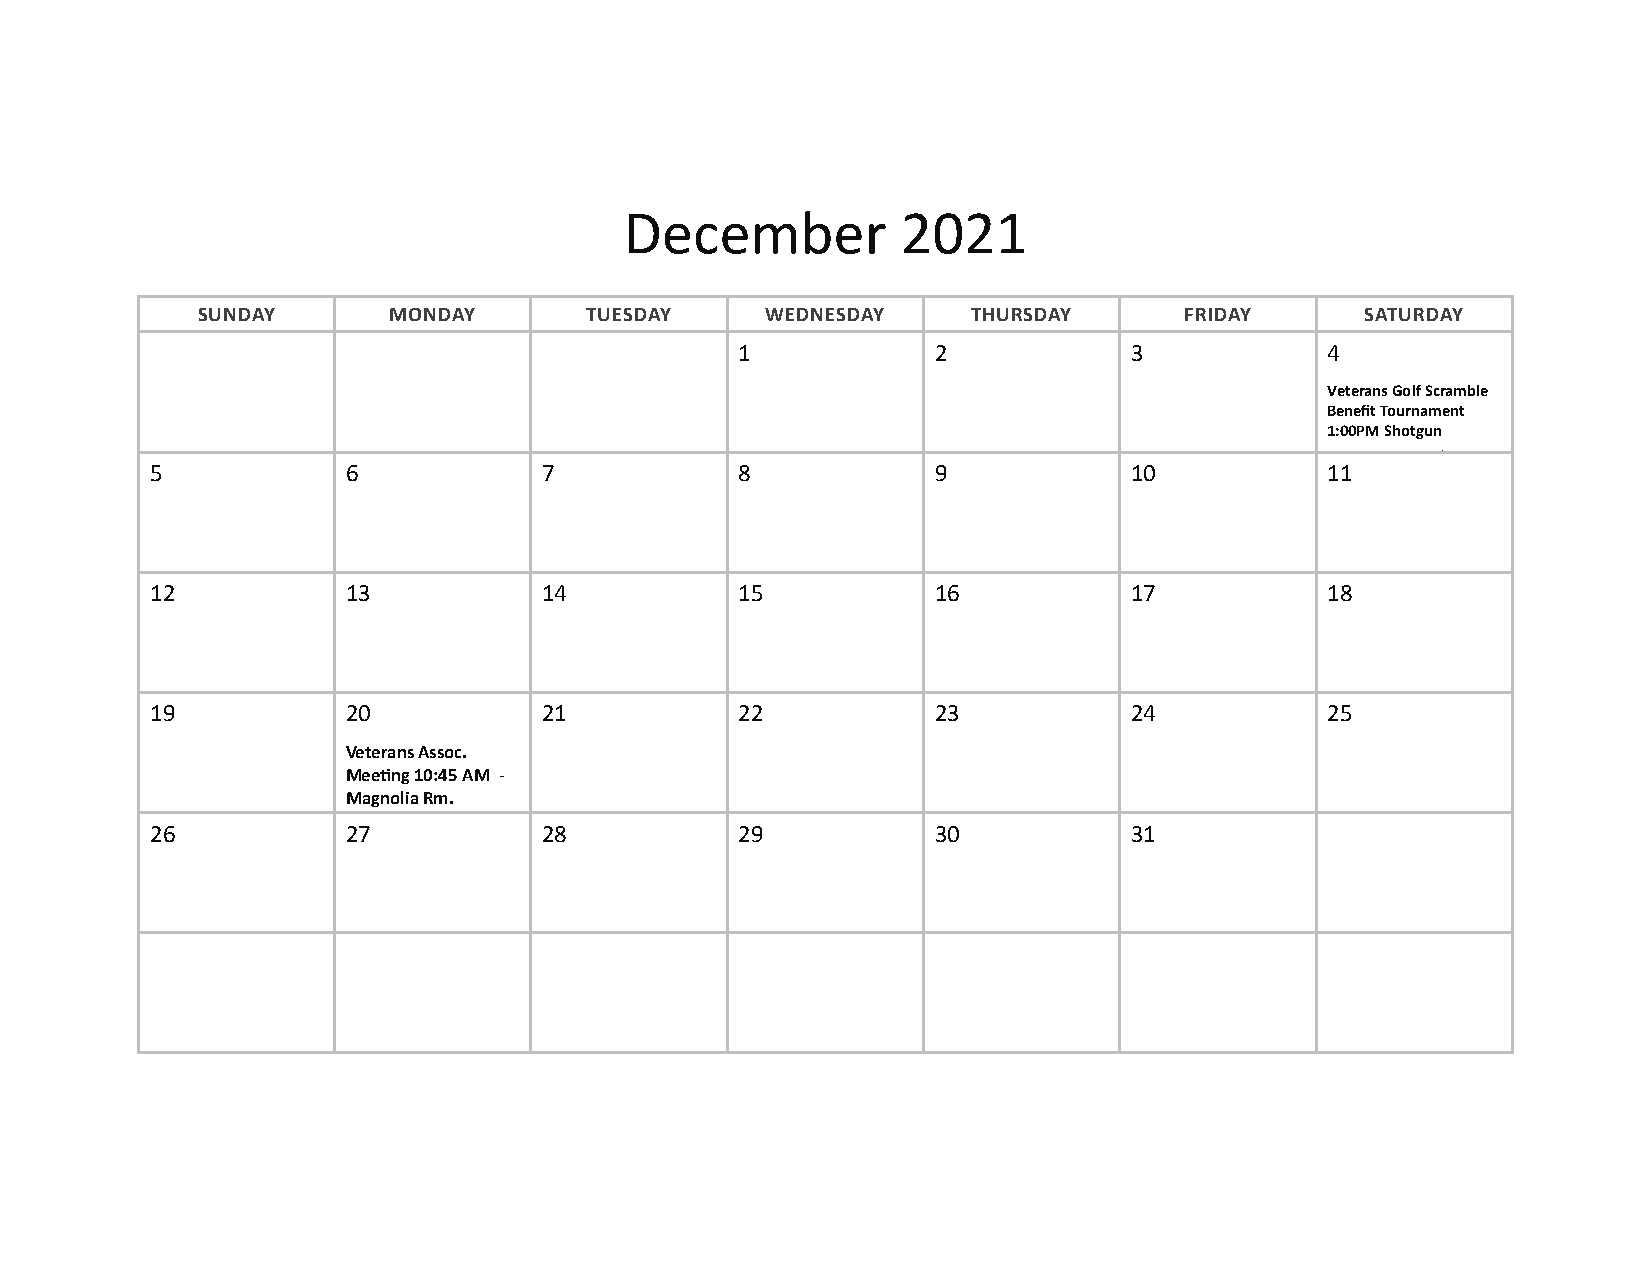
December           2021
 SUNDAY       MONDAY       TUESDAY     WEDNESDAY    THURSDAY      FRIDAY      SATURDAY
 1            2            3            4
 Veterans Golf Scramble
 Benefit Tournament
 1:00PM Shotgun
 Start 1:00PM Shotgun
 5            6            7            8            9            10           11
 12           13           14           15           16           17           18
 19           20           21           22           23           24           25
 Veterans Assoc.
 Meeting 10:45 AM -
 Magnolia Rm.
 26           27           28           29           30           31